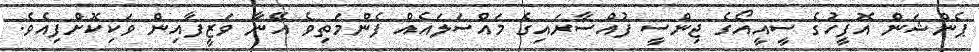
ޕެންޝަން އޮފީހުގެ ސީއީއޯގެ ޖިންސީ ފުއްސާރައިގެ މައްސަލައެއް ފެންމަތިވެ އޭނާ ވަޒީފާއިން ވަކިކޮށްފިއެވެ.